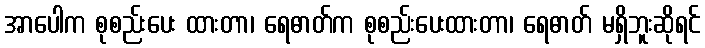
အာပေါက စုစည်းပေး ထားတာ၊ ရေဓာတ်က စုစည်းပေးထားတာ၊ ရေဓာတ် မရှိဘူးဆိုရင်